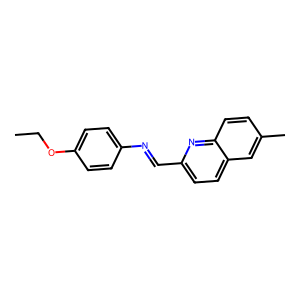
SMILES: CCOc1ccc(N=Cc2ccc3cc(C)ccc3n2)cc1
Inhibits HIV replication: No